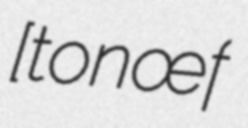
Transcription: [ʃɑtonœf